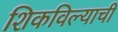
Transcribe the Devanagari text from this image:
शिकविल्याची